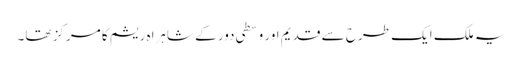
یہ ملک ایک طرح سے قدیم اور وسطی دور کے شاہراہ ریشم کا مرکز تھا۔